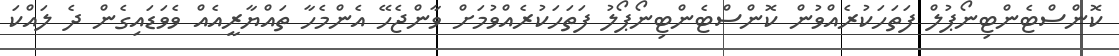
ކޮންސްޓެންޓިނޯޕުލް ފަތަހަކުރެއްވުން ކޮންސްޓެންޓިނޯޕޯލު ފަތަހަކުރެއްވުމަށް ވާންޖެހޭ އެންމެހާ ތައްޔާރީއެއް ވެވަޑައިގެން ދެ ލައްކަ